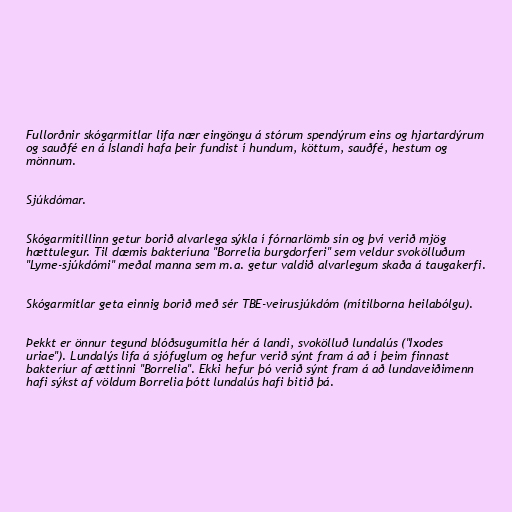
Fullorðnir skógarmítlar lifa nær eingöngu á stórum spendýrum eins og hjartardýrum
og sauðfé en á Íslandi hafa þeir fundist í hundum, köttum, sauðfé, hestum og
mönnum.

Sjúkdómar.

Skógarmítillinn getur borið alvarlega sýkla í fórnarlömb sín og því verið mjög
hættulegur. Til dæmis bakteríuna "Borrelia burgdorferi" sem veldur svokölluðum
"Lyme-sjúkdómi" meðal manna sem m.a. getur valdið alvarlegum skaða á taugakerfi.

Skógarmítlar geta einnig borið með sér TBE-veirusjúkdóm (mítilborna heilabólgu).

Þekkt er önnur tegund blóðsugumítla hér á landi, svokölluð lundalús ("Ixodes
uriae"). Lundalýs lifa á sjófuglum og hefur verið sýnt fram á að í þeim finnast
bakteríur af ættinni "Borrelia". Ekki hefur þó verið sýnt fram á að lundaveiðimenn
hafi sýkst af völdum Borrelia þótt lundalús hafi bitið þá.